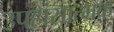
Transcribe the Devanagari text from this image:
उपहांसात्मक